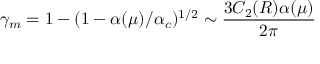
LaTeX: \gamma _ { m } = 1 - ( 1 - \alpha ( \mu ) / \alpha _ { c } ) ^ { 1 / 2 } \sim \frac { 3 C _ { 2 } ( R ) \alpha ( \mu ) } { 2 \pi }